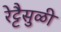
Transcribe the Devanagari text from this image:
रेट्टैसुळी